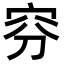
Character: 𥥄